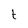
Character: t